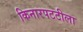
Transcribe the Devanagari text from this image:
किनारपटटीला